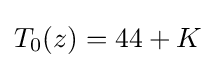
T_{0}(z)=44+K